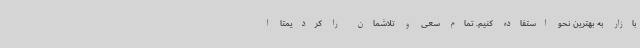
بازار به بهترین نحو استفاده کنیم. تمام سعی و تلاشمان را کردیمتا ا